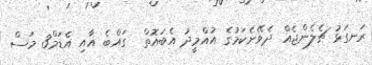
ރަނގަޅު ޗެލެންޖެއް ދެވޭނެކަމުގެ އުއްމީދު އެބައޮތް  ގައްބެ އާއި އެޑަމް3 މަސް